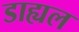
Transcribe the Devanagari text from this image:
डाह्यल